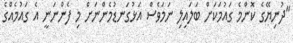
"ދުނިޔޭގެ ކޮންމެ ގައުމަކަށް ބަލައިލި ނަމަވެސް އަޅުގަނޑުމެންނަށް މި ފެންނަނީ އެ ގައުމެއްގެ